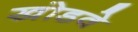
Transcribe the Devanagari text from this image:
खोडवे